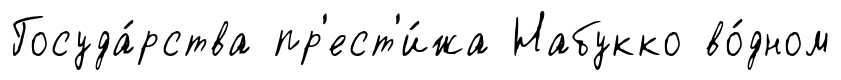
Госуда́рства пр'ест'и́жа Набукко во́дном